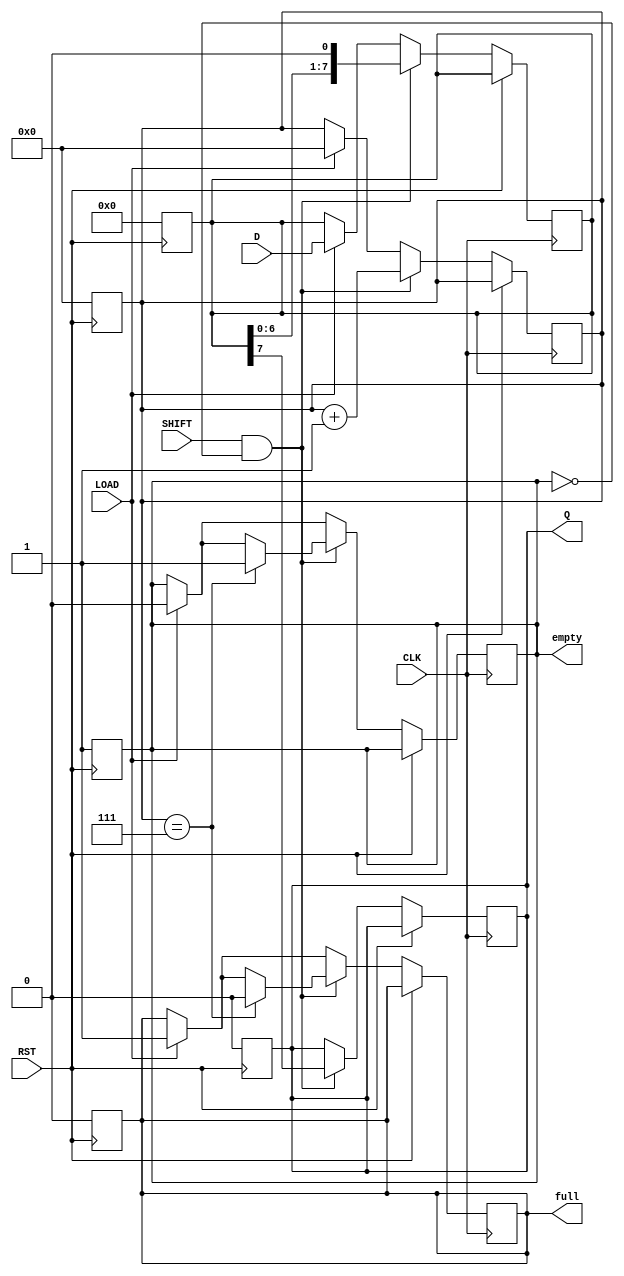
module PISO_Register #(
    parameter n = 8,            // Width of the register
    parameter MSB_FIRST = 1     // 1 for MSB first, 0 for LSB first
)(
    input wire [n-1:0] D,      // Parallel data input
    input wire SHIFT,           // Shift control
    input wire LOAD,            // Load control
    input wire CLK,             // Clock signal
    input wire RST,             // Asynchronous reset
    output reg Q,               // Serial output
    output reg full,            // Full indicator
    output reg empty            // Empty indicator
);

    reg [n-1:0] register;       // Internal register
    reg [3:0] count;            // Count how many bits shifted out

    // Asynchronous reset
    always @(posedge RST) begin
        register <= {n{1'b0}};
        Q <= 1'b0;
        full <= 1'b0;
        empty <= 1'b1;
        count <= 4'd0;
    end

    // Main operation
    always @(posedge CLK) begin
        if (RST) begin
            // Reset condition handled by async reset
        end
        else begin
            // Load operation
            if (LOAD) begin
                register <= D;          // Load data into register
                full <= 1'b1;          // Register is now full
                empty <= 1'b0;         // Register is not empty
                count <= 4'd0;         // Reset count on load
            end

            // Shift operation
            if (SHIFT && !empty) begin
                if (MSB_FIRST) begin
                    Q <= register[n-1]; // Output MSB to Q
                    register <= {register[n-2:0], 1'b0}; // Shift left if MSB first
                end
                else begin
                    Q <= register[0];   // Output LSB to Q
                    register <= {1'b0, register[n-1:1]}; // Shift right if LSB first
                end

                count <= count + 1;     // Increment the count of shifted bits

                // Check if the register is empty
                if (count == n-1) begin
                    empty <= 1'b1;      // Register is empty
                    full <= 1'b0;       // Register is not full
                end
            end
        end
    end

endmodule